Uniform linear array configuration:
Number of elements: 16
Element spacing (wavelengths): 0.5
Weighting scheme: kaiser
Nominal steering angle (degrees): -45
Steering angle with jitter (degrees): -44.871
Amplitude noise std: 0.05
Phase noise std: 0.05

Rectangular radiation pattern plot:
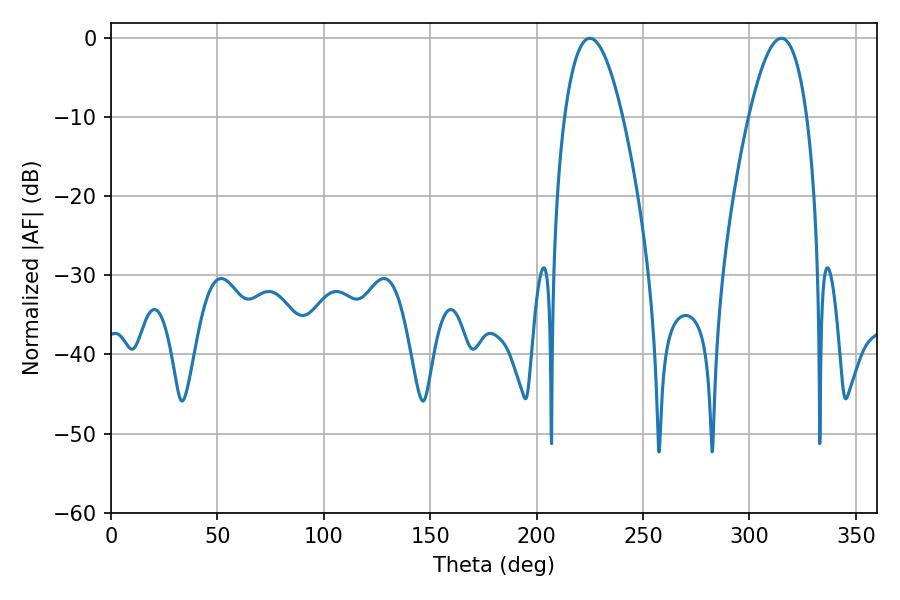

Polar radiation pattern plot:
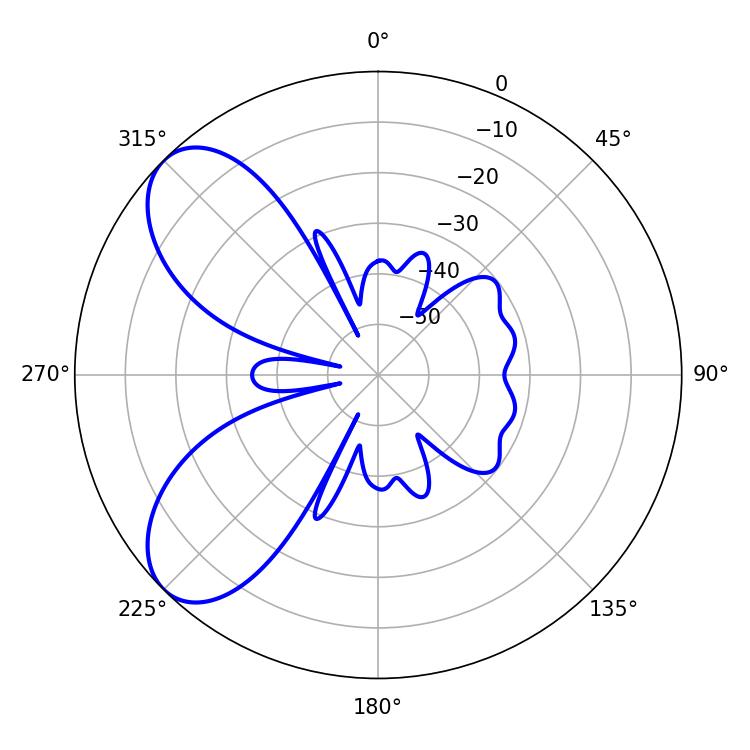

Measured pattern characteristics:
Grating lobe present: FALSE
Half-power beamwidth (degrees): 15.12
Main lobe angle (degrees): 225